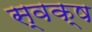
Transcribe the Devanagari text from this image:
स्वक्ष